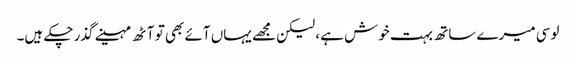
لوسی میرے ساتھ بہت خوش ہے، لیکن مجھے یہاں آئے بھی تو آٹھ مہینے گذر چکے ہیں۔